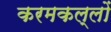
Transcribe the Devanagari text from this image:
करमकल्लों